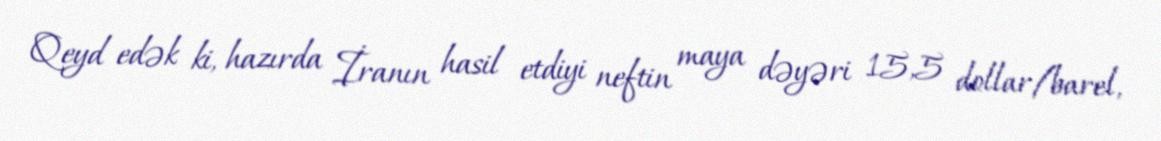
Qeyd edək ki, hazırda İranın hasil etdiyi neftin maya dəyəri 15,5 dollar/barel,